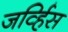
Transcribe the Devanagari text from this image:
जर्व्हिस